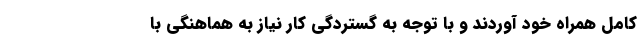
کامل همراه خود آوردند و با توجه به گستردگی کار نیاز به هماهنگی با